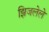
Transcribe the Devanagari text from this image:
झिजलेले